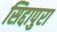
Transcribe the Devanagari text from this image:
सिद्दापुरा